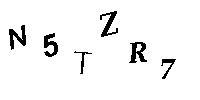
N5TZR7